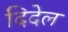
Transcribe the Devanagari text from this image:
दिदेल